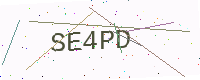
Text: SE4PD